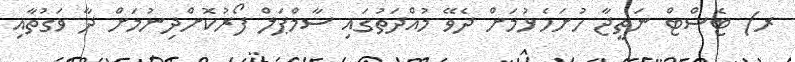
ރ) ޓެސްޓް ނަތީޖާ ހުށަހެޅުމަށް ދެވޭ މުއްދަތުގައި ސާމްޕަލް ފޯރުކޮށްދިނުމަށް ދާ ވަގުތާއި